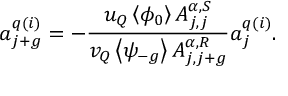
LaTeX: a _ { j + g } ^ { q ( i ) } = - \frac { u _ { Q } \left< \phi _ { 0 } \right> A _ { j , j } ^ { \alpha , S } } { v _ { Q } \left< \psi _ { - g } \right> A _ { j , j + g } ^ { \alpha , R } } a _ { j } ^ { q ( i ) } .